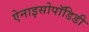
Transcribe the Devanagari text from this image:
ऐनाइसोपॉडिडी